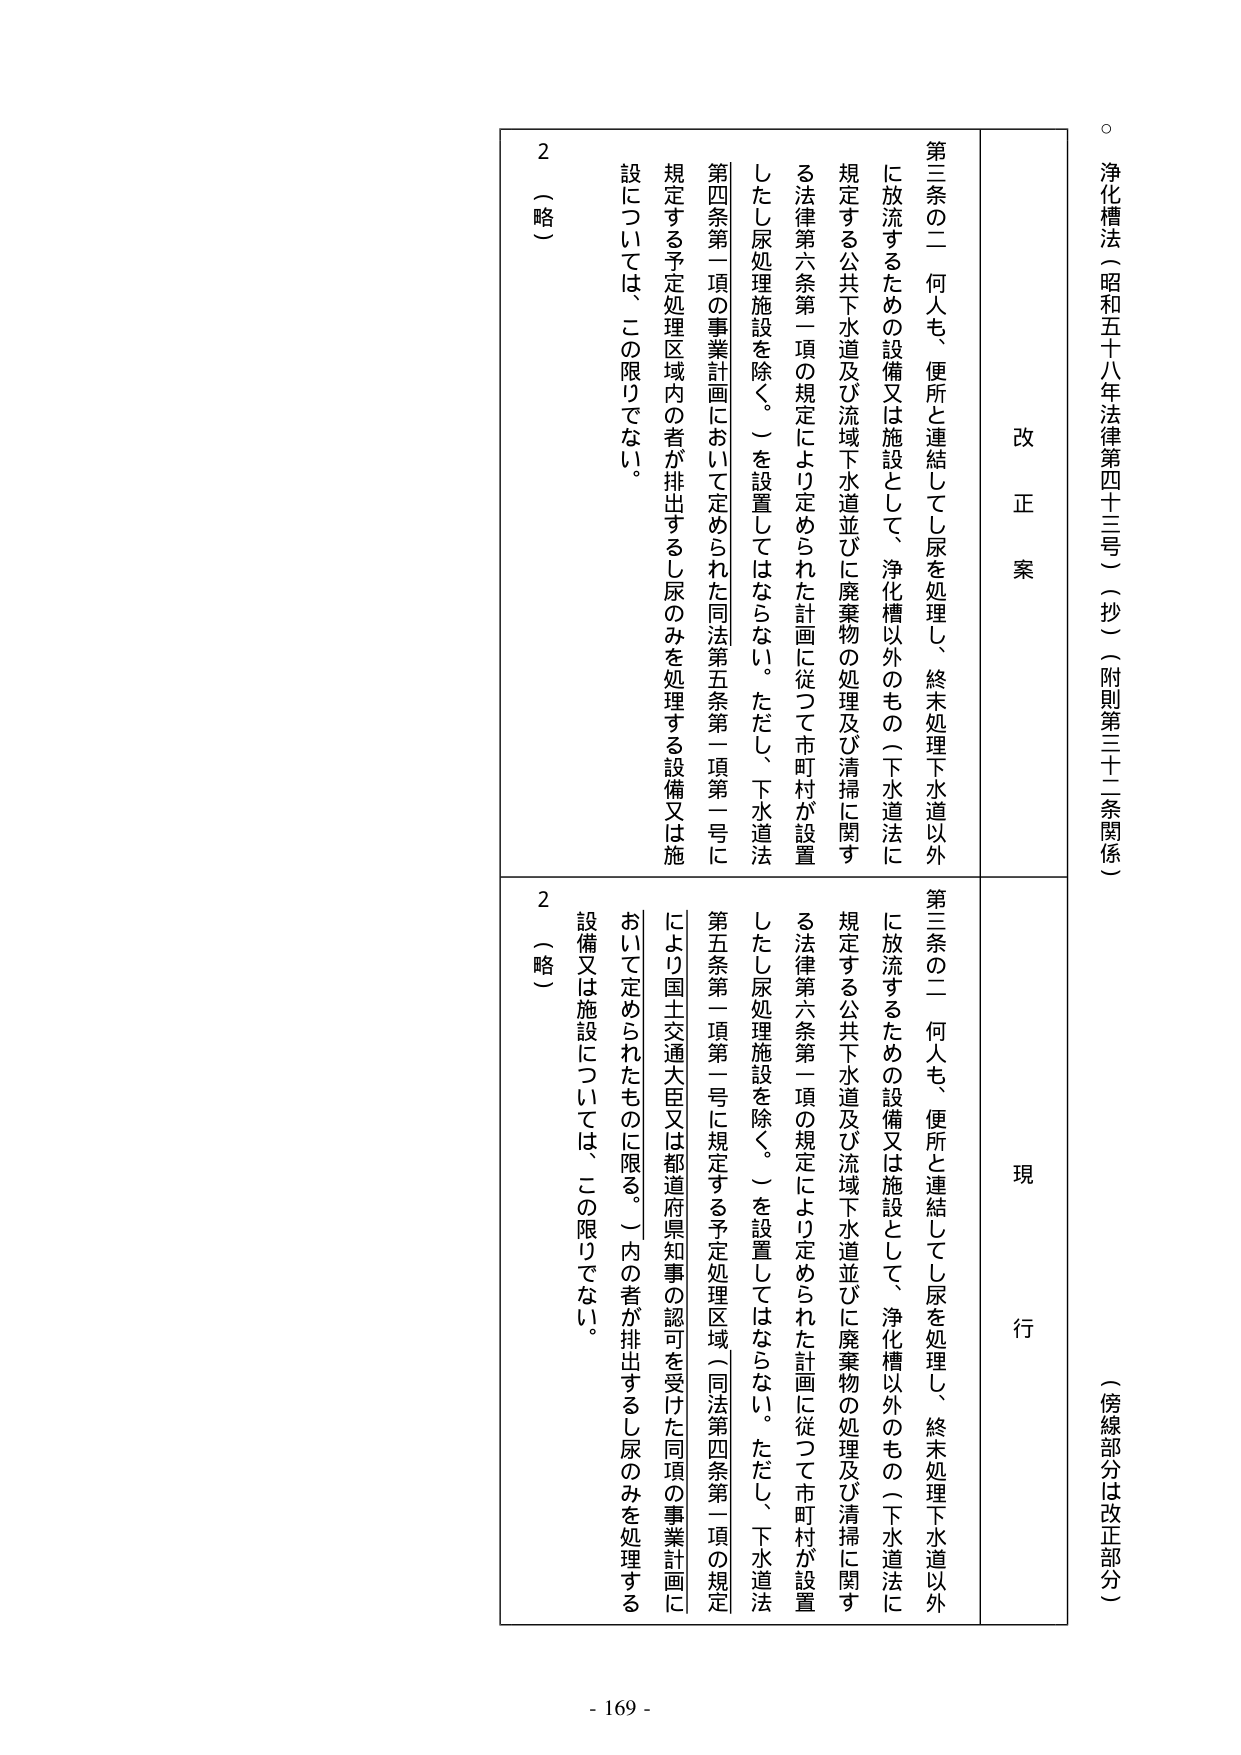
浄化槽法（昭和五十八年法律第四十三号）（抄）（附則第三十二条関係）
（傍線部分は改正部分）

改正案
第三条の二 何人も、便所と連結してし尿を処理し、終末処理下水道以外に放流するための設備又は施設として、浄化槽以外のもの（下水道法に規定する公共下水道及び流域下水道並びに廃棄物の処理及び清掃に関する法律第六条第一項の規定により定められた計画に従って市町村が設置したし尿処理施設を除く。）を設置してはならない。ただし、下水道法第四条第一項の事業計画において定められた同法第五条第一項第一号に規定する予定処理区域内の者が排出するし尿のみを処理する設備又は施設については、この限りでない。
2（略）

現行
第三条の二 何人も、便所と連結してし尿を処理し、終末処理下水道以外に放流するための設備又は施設として、浄化槽以外のもの（下水道法に規定する公共下水道及び流域下水道並びに廃棄物の処理及び清掃に関する法律第六条第一項の規定により定められた計画に従って市町村が設置したし尿処理施設を除く。）を設置してはならない。ただし、下水道法第五条第一項第一号に規定する予定処理区域（同法第四条第一項の規定により国土交通大臣又は都道府県知事の認可を受けた同項の事業計画において定められたものに限る。）内の者が排出するし尿のみを処理する設備又は施設については、この限りでない。
2（略）

- 169 -